Leaving Certificate Examination. Science, 1910
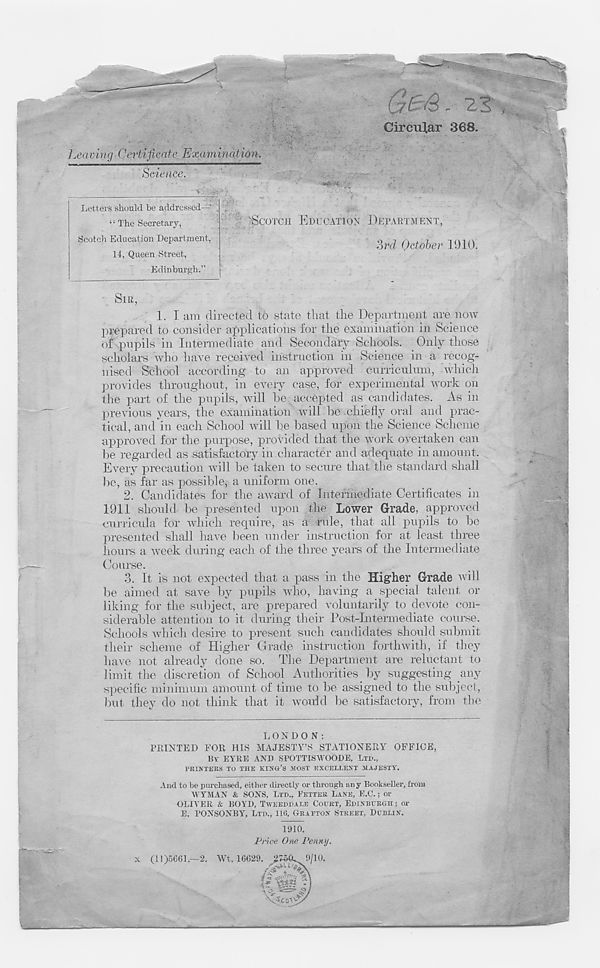
V.
Leaving Certificate Examination.
Science.
Circular 368.
Letters should be addressed— .
4 ‘ The Secretary,
Scotch Education Department,
14, Queen Street,
Edinburgh.”
^SCOTCH EDUCATION DEPARTMENT,
3rcZ October 1910.
SIR,
1.
I am directed to
prepared to consider applications lor the examination in Science
of pupils in Intermediate and Secondary Schools. Only those
scholars who have received instruction in Science in a recog-
nised School according to an approved curriculum, which
provides throughout, in every case, for experimental work on
the part of the pupils, will he accepted as candidates. As in
previous years, the examination will he’-chiefly oral and prac-
tical, and in each School will he based upon the Science Scheme
approved for the purpose, provided that the work overtaken can
be regarded as satisfactory in character and adequate in amount.
Every precaution will he taken to secure that the standard shall
he, as far as possible, a uniform one.
2. Candidates for the award of Intermediate Certificates in
1911 should he presented upon the Lower Grade, approved
curricula for which require, as a rule, that all pupils to he
presented shall have been under instruction for at least three
hours a week during each of the three years of the Intermediate
Course.
3. It is not expected that a pass in the Higher Grade will
be aimed at save by pupils who, having a special talent or
liking for the subject, are prepared voluntarily to devote con-
siderable attention to it during their Post-Intermediate course.
Schools which desire to present such candidates should submit
their scheme of Higher Grade instruction forthwith, if they
have not already done so. The Department are reluctant to
limit the discretion of School Authorities by suggesting any
specific minimum amount of time to be assigned to the subject,
but they do not think that it would be satisfactory, from the
LONDON:
PRINTED FOR HIS MAJESTY’S STATIONERY OFFICE,
Bv EYRE AND SPOTTISWOODE, LTD.,
PRINTERS TO THE KING’S MOST EXCELLENT MAJESTY.
And to be purchased, either directly or through any Bookseller, from
WYMAN & SONS, LTD., BETTER LANE, E.C.; or
OLIVER & BOYD, TWEEDDALE COURT, EDINBURGH; or
E. PONSONBY, LTD., 116, GRAFTON STREET, DUBLIN.
1910.
Price One Penny.
x (11)5661.-2. Wt. 16629
fi’&g 7i